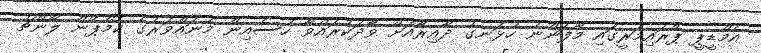
އެމްޑީޕީ ޕްރައިމަރީގައި މާފަންނު ހުޅަނގު ދާއިރާއަށް ވާދަކުރައްވާ ހުސެއިން މުނައްވަރުގެ ކެމްޕޭން ލޯންޗު